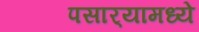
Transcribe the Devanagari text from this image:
पसार्‍यामध्ये